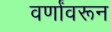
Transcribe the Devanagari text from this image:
वर्णांवरून